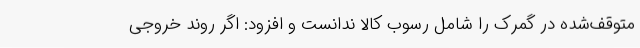
متوقف‌شده در گمرک را شامل رسوب کالا ندانست و افزود: اگر روند خروجی